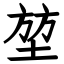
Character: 堃